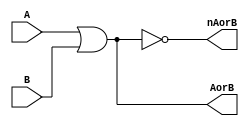
module demorgan
(
	input A,
	input B,
	
	
	output AorB,
	output nAorB
);
	wire A;
	wire B;
	
	
	or orgate(AorB, A, B);
	not AorBinv(nAorB,AorB);
endmodule